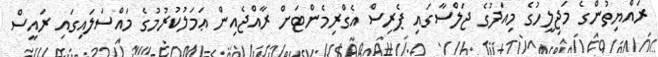
ރައްޔިތުންގެ މަޖިލީހުގެ މިއަދުގެ ޖަލްސާގައި ޕެރިސް އެގްރިމެންޓަށް ރާއްޖެއިން ޢަމަލުކުރުމުގެ މައްސަލައިގައި ރައީސް